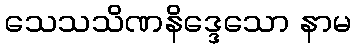
သေသသိဏနိဒ္ဒေသော နာမ